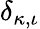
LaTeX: \delta_{{\kappa},\iota}